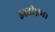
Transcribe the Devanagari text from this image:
इस्तीफ़ा।